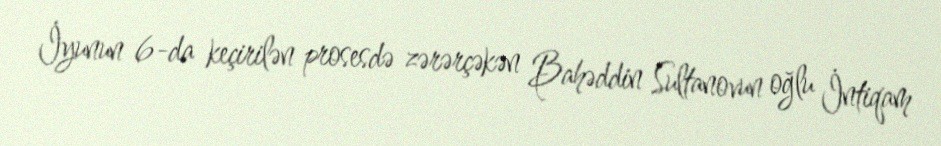
İyunun 6-da keçirilən prosesdə zərərçəkən Bahəddin Sultanovun oğlu İntiqam